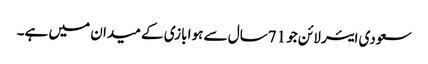
سعودی ایئر لائن جو 71سال سے ہوا بازی کے میدان میں ہے۔